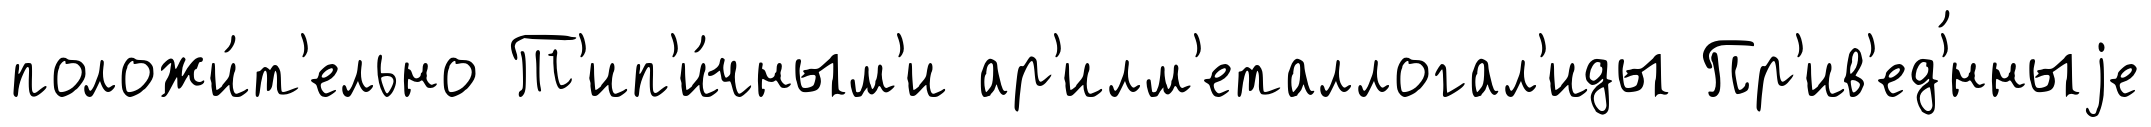
положи́т'ельно Т'ип'и́чным'и ар'илм'еталлогал'иды Пр'ив'ед'́нныjе